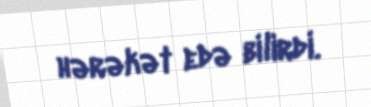
hərəkət edə bilirdi.